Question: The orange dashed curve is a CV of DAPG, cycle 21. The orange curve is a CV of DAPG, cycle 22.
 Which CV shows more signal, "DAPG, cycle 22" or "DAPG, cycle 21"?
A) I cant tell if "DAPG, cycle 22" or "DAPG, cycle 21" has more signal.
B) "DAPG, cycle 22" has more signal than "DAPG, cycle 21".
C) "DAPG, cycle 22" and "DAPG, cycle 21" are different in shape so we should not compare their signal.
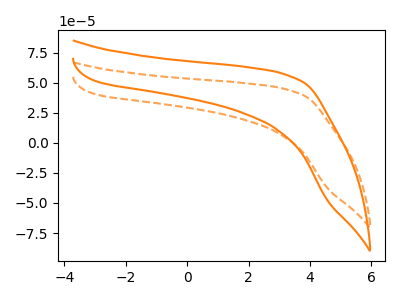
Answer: <think>The orange dashed curve "DAPG, cycle 21" has no peaks. The orange curve "DAPG, cycle 22" has no peaks.
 Neither "DAPG, cycle 22" or "DAPG, cycle 21" have any peaks.</think>
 <answer>A) I cant tell if "DAPG, cycle 22" or "DAPG, cycle 21" has more signal.</answer>
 <eval>A</eval>